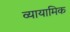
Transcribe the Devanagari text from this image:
व्यायामिक